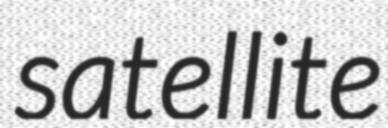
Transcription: satellite